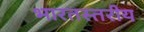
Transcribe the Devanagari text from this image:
भारतस्तरीय